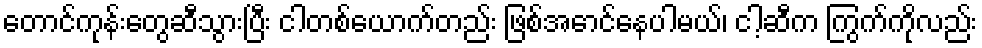
တောင်ကုန်းတွေဆီသွားပြီး ငါတစ်ယောက်တည်း ဖြစ်အောင်နေပါမယ်၊ ငါ့ဆီက ကြွက်ကိုလည်း